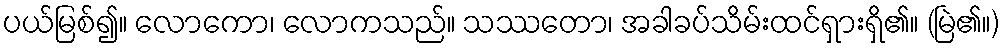
ပယ်မြစ်၍။ လောကော၊ လောကသည်။ သဿတော၊ အခါခပ်သိမ်းထင်ရှားရှိ၏။ (မြဲ၏။)